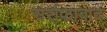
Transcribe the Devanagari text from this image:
सर्राफाबाद